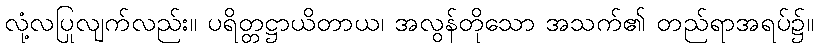
လုံ့လပြုလျက်လည်း။ ပရိတ္တဋ္ဌာယိတာယ၊ အလွန်တိုသော အသက်၏ တည်ရာအရပ်၌။